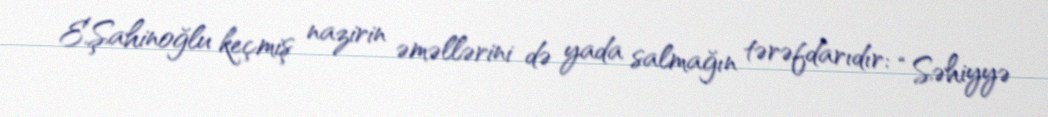
E.Şahinoğlu keçmiş nazirin əməllərini də yada salmağın tərəfdarıdır: “Səhiyyə